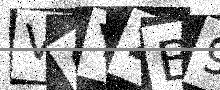
Text: V6Y2B9